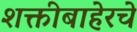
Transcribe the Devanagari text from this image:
शक्तीबाहेरचे